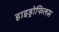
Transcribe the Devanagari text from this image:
हाइड्रोफिलस